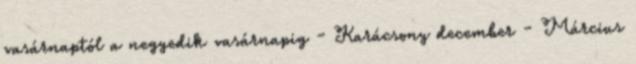
vasárnaptól a negyedik vasárnapig - Karácsony december - Március